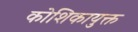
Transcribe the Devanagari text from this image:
कोशिकायुक्त